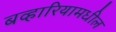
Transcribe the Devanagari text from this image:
बव्हारियामधील